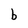
Character: b